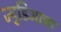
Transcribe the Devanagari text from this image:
ज्युडिआचा